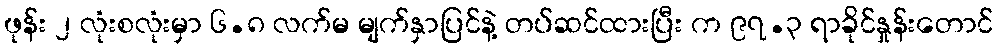
ဖုန်း ၂ လုံးစလုံးမှာ ၆.၈ လက်မ မျက်နှာပြင်နဲ့ တပ်ဆင်ထားပြီး က ၉၇.၃ ရာခိုင်နှုန်းတောင်